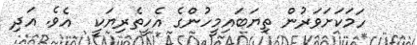
ހަމަކަށަވަރުން ތިޔަބައިމީހުންގެ އެހީތެރިޔަކީ  އެވެ. އަދި